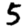
Digit: 5